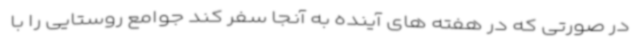
در صورتی که در هفته های آینده به آنجا سفر کند جوامع روستایی را با